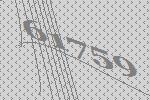
61759